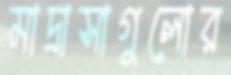
মাদ্রাসাগুলোর